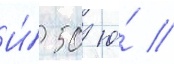
И́ 50 ю́ //